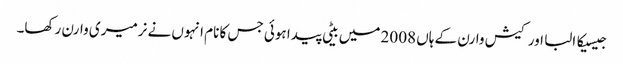
جیسیکا البا اور کیش وارن کے ہاں 2008 میں بیٹی پیدا ہوئی جس کا نام انہوں نے نرمیری وارن رکھا۔